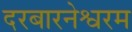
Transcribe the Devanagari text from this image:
दरबारनेश्वरम